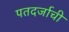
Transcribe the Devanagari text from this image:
पतदर्जाची